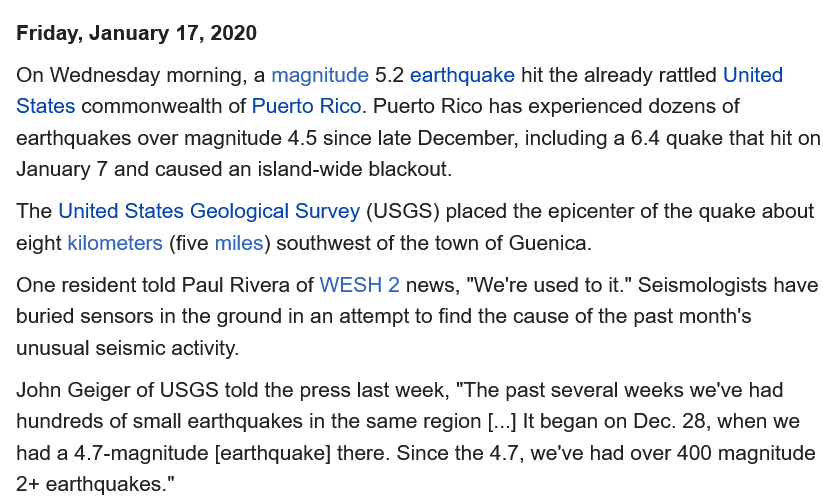
Friday, January 17, 2020
  On Wednesday  morning, a magnitude 5.2 earthquake hit the already rattled United
  States commonwealth of Puerto Rico. Puerto Rico has experienced dozens of
  earthquakes over magnitude 4.5 since late December, including a 6.4 quake that hit on
  January 7 and caused an island-wide blackout.
  The United States Geological Survey (USGS) placed the epicenter of the quake about
  eight kilometers (five miles) southwest of the town of Guenica.
  One resident told Paul Rivera of WWESH 2 news, "We're used to it." Seismologists have
  buried sensors in the ground in an attempt to find the cause of the past month's
  unusual seismic activity.
  John Geiger of USGS told the press last week, "The past several weeks we've had
  hundreds of small earthquakes in the same region [...] It began on Dec. 28, when we
  had a 4.7-magnitude [earthquake] there. Since the 4.7, we've had over 400 magnitude
  2+ earthquakes."